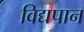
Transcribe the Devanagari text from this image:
विद्यपान